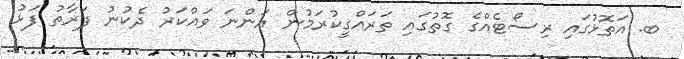
ބ. އަތޮޅުގައި ރިސޯޓެއްގެ ގޮތުގައި ތަރައްގީކުރަމުން އަންނަ ވައްކަރު ދެކުނު ފަރާތު ފަޅު